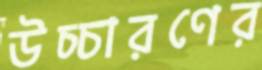
উচ্চারণের